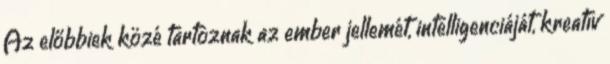
Az előbbiek közé tartoznak az ember jellemét, intelligenciáját, kreatív